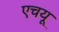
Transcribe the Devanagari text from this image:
एचयू